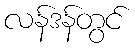
လန်ဒန်တွင်